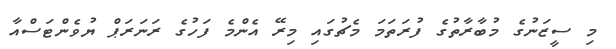
މި ސީޒަނުގެ މުބާރާތުގެ ފުރަތަމަ މެޗުގައި މިރޭ އެންމެ ފަހުގެ ރަނަރަޕް ޔުވެންޓަސްއާ